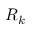
R _ { k }